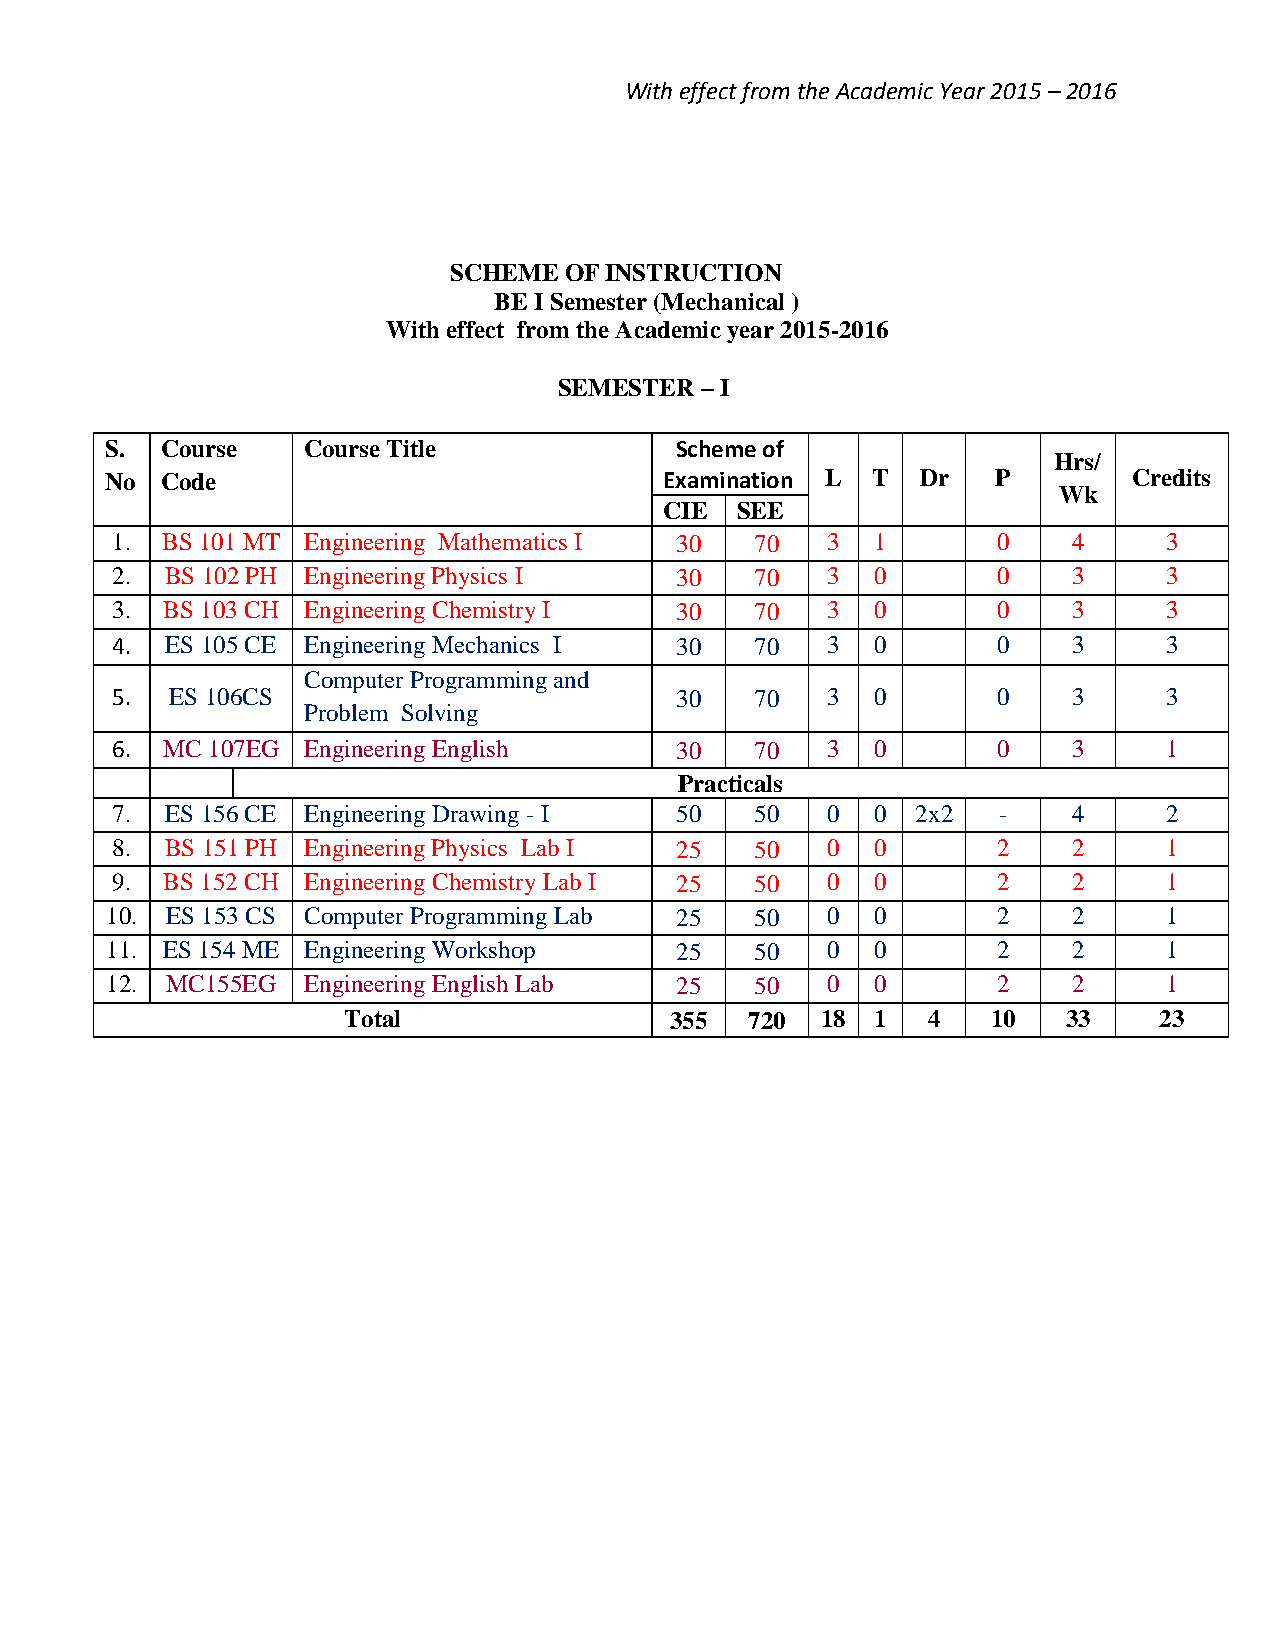
With effect from the Academic Year 2015 – 2016
 SCHEME OF INSTRUCTION
 BE I Semester (Mechanical )
 With effect from the Academic year 2015-2016
 SEMESTER – I
 S.  Course   Course Title             Scheme of
 Hrs/
 No  Code                             Examination L T  Dr   P        Credits
 Wk
 CIE  SEE
 1.  BS 101 MT Engineering Mathematics I 30 70   3  1       0    4     3
 2.  BS 102 PH Engineering Physics I   30   70   3  0       0    3     3
 3.  BS 103 CH Engineering Chemistry I 30   70   3  0       0    3     3
 4.  ES 105 CE Engineering Mechanics I 30   70   3  0       0    3     3
 Computer Programming and
 5.  ES 106CS                          30   70   3  0       0    3     3
 Problem Solving
 6.  MC 107EG Engineering English      30   70   3  0       0    3     1
 Practicals
 7.  ES 156 CE Engineering Drawing - I 50   50   0  0  2x2  -    4     2
 8.  BS 151 PH Engineering Physics Lab I 25 50   0  0       2    2     1
 9.  BS 152 CH Engineering Chemistry Lab I 25 50 0  0       2    2     1
 10. ES 153 CS Computer Programming Lab 25  50   0  0       2    2     1
 11. ES 154 ME Engineering Workshop    25   50   0  0       2    2     1
 12. MC155EG  Engineering English Lab  25   50   0  0       2    2     1
 Total                355   720 18  1  4    10   33    23